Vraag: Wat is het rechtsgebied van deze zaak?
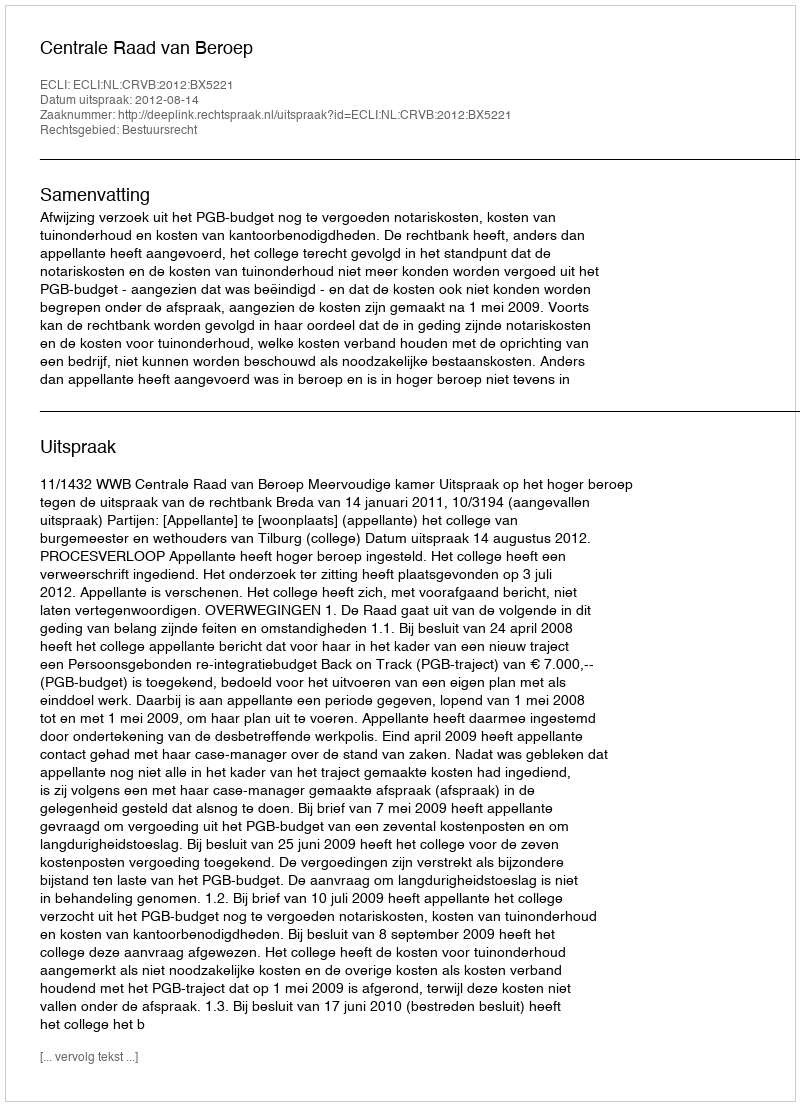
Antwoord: Bestuursrecht